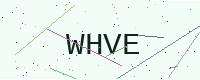
Text: WHVE